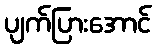
ပျက်ပြားအောင်